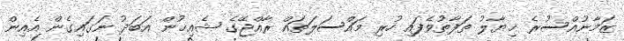
ޒަމާނުއްސުރެ ޚިޔާލު ތަފާތުވެފައި ހުރި މައްސަލަތައް ރާއްޖޭގެ ޝެއިޚުން އަބަދު ނަގައިގެން އެއިން